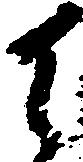
御